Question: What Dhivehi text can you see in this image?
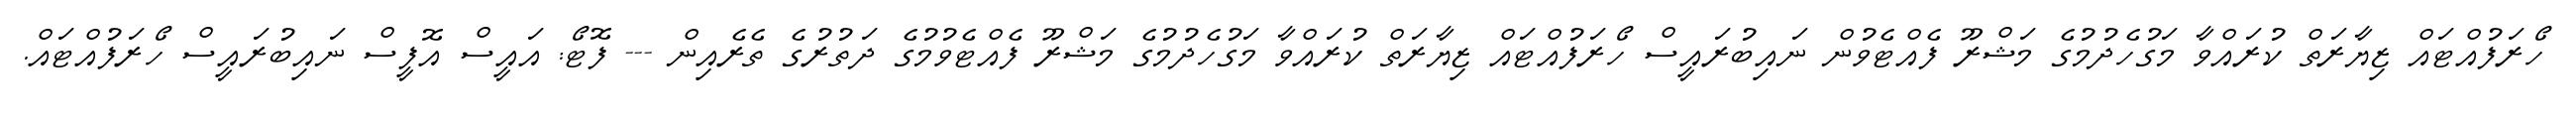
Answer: ހޯރަފުއްޓައް ޒިޔާރަތް ކުރައްވާ މަގުހެދުމުގެ މަޝްރޫ ފެއްޓެވުން ނައިބުރައީސް ހޯރަފުއްޓައް ޒިޔާރަތް ކުރައްވާ މަގުހެދުމުގެ މަޝްރޫ ފެއްޓެވުމުގެ ދަތުރުގެ ތެރެއިން --- ފޮޓޯ: އައީސް އޮފީސް ނައިބުރައީސް ހޯރަފުއްޓައް.